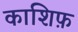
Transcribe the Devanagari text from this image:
काशिफ़